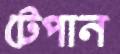
টেপান